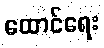
ထောင်ရေး